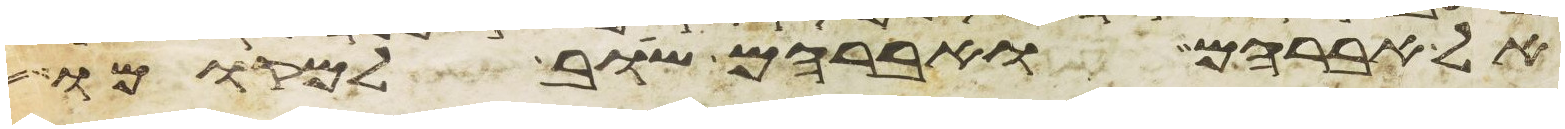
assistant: אל אברהם ואברהם שב למקומו